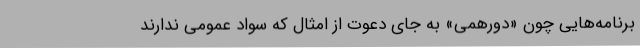
برنامه‌هایی چون «دورهمی» به جای دعوت از امثال که سواد عمومی ندارند